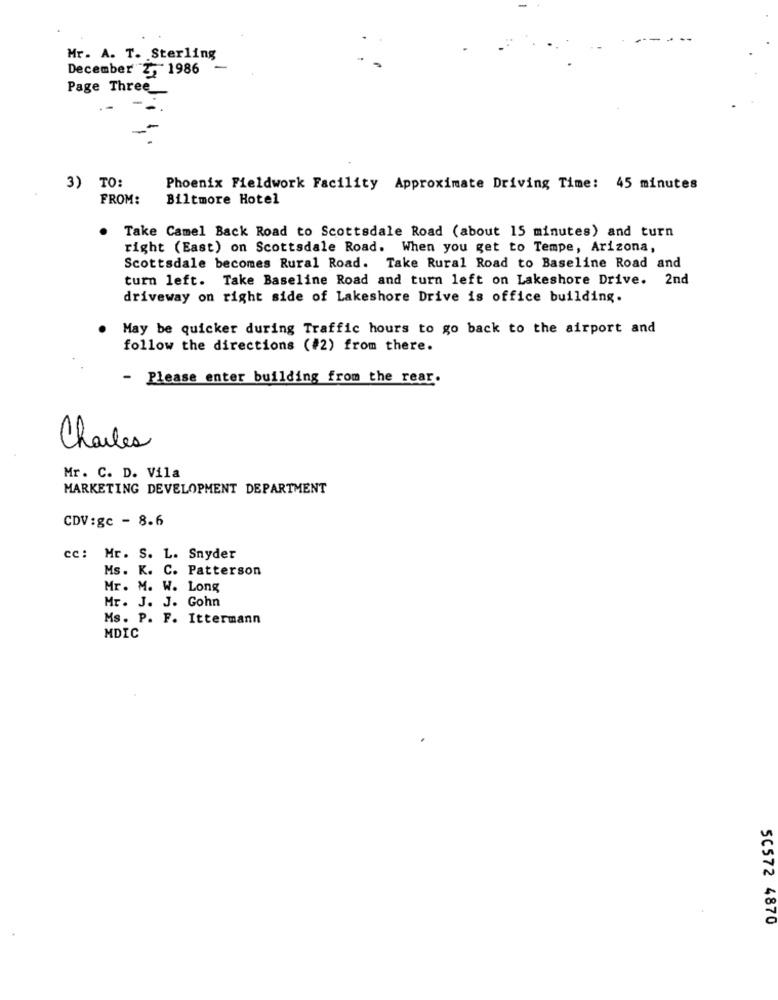
Mr. A. T. Sterling
December Z, 1986
-
Page Three_
3) TO:
Phoenix Fieldwork Facility Approximate Driving Time: 45 minutes
FROM:
Biltmore Hotel
Take Camel Back Road to Scottsdale Road (about 15 minutes) and turn
right (East) on Scottsdale Road. When you get to Tempe, Arizona,
Scottsdale becomes Rural Road. Take Rural Road to Baseline Road and
turn left. Take Baseline Road and turn left on Lakeshore Drive. 2nd
driveway on right side of Lakeshore Drive is office building.
May be quicker during Traffic hours to go back to the airport and
follow the directions (#2) from there.
- Please enter building from the rear.
Charles
Mr. C. D. Vila
MARKETING DEVELOPMENT DEPARTMENT
CDV:gc - 8.6
cc: Mr. S. L. Snyder
Ms. K. C. Patterson
Mr. M. W. Long
Mr. J. J. Gohn
Ms. P. F. Ittermann
MDIC
50572 4870